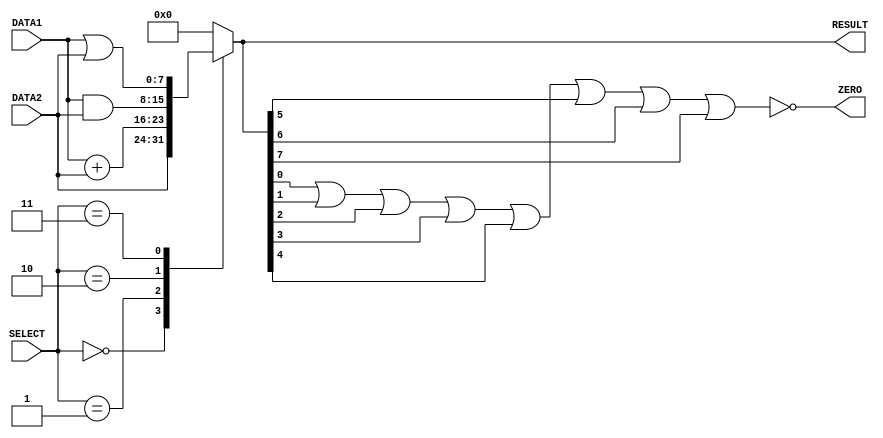
module alu(RESULT, ZERO, DATA1, DATA2, SELECT);

output [7:0] RESULT;
output ZERO;

input [7:0] DATA1;
input [7:0] DATA2;
input [2:0] SELECT;

reg [7:0] RESULT;
reg ZERO;

always @ (DATA1, DATA2, SELECT)
begin
case(SELECT)
3'b000 : RESULT = DATA2;
3'b001 : RESULT = DATA1 + DATA2;
3'b010 : RESULT = DATA1 & DATA2;
3'b011 : RESULT = DATA1 | DATA2;
default : RESULT = 8'b00000000;
endcase
end

always @ (RESULT)
begin
ZERO = ~ (RESULT[0] | RESULT[1] | RESULT[2] | RESULT[3] | RESULT[4] | RESULT[5] | RESULT[6] | RESULT[7]);
end

endmodule